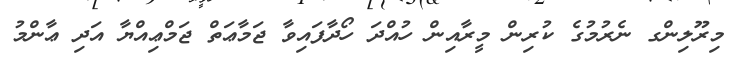
މިރޫލިންގ ނެރުމުގެ ކުރިން މީރާއިން ހުއްދަ ހޯދާފައިވާ ޖަމާޢަތް ޖަމްޢިއްޔާ އަދި ޢާންމު